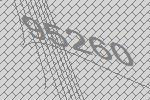
95260